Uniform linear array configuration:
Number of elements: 24
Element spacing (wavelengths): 1
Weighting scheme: hamming
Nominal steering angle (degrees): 15
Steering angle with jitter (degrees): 14.018
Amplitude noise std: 0.05
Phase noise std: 0.05

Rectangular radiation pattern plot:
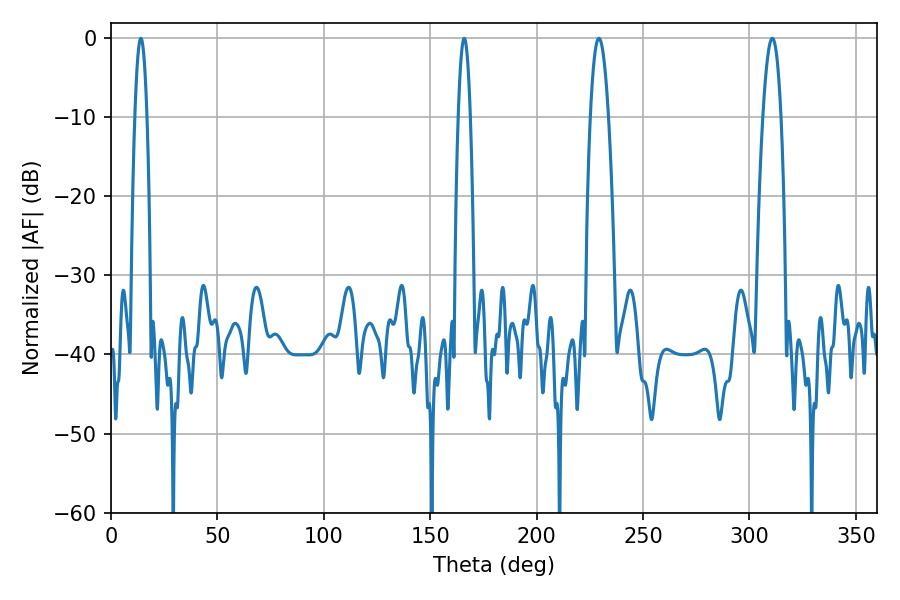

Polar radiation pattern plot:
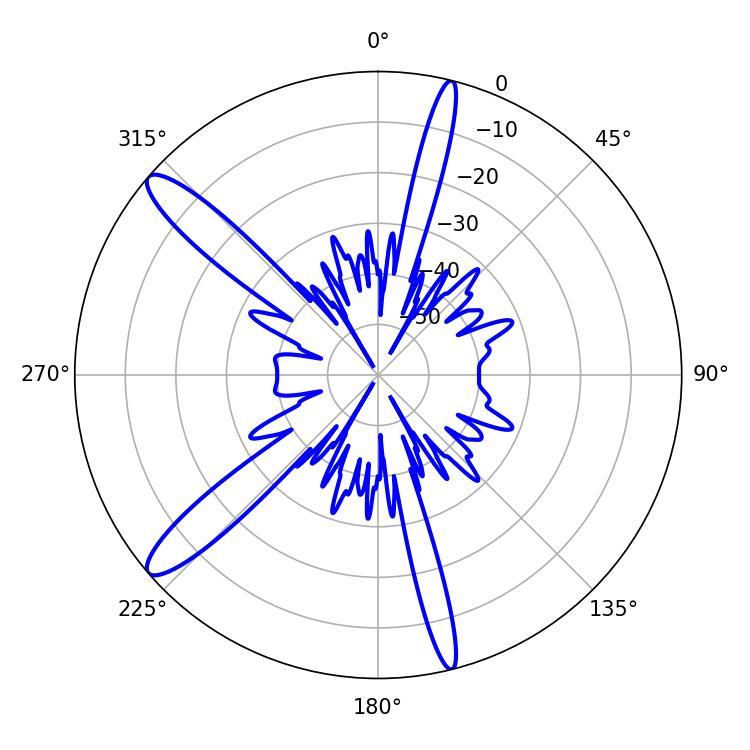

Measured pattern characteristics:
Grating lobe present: TRUE
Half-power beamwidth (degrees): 3.06
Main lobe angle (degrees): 14.04